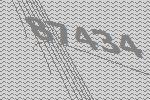
87434